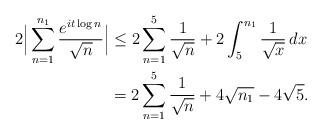
LaTeX: \begin{align*}2\Big|\sum_{n=1}^{n_1} \frac{e^{it\log n}}{\sqrt{n}}\Big| &\le 2\sum_{n=1}^5 \frac{1}{\sqrt{n}}+ 2\int_5^{n_1}\frac{1}{\sqrt{x}}\,dx\\&= 2\sum_{n=1}^5 \frac{1}{\sqrt{n}}+ 4\sqrt{n_1}-4\sqrt{5}.\end{align*}